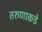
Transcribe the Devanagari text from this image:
तरुणाकडे